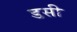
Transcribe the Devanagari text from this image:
डसी